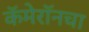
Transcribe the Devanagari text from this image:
कॅमेरॉनचा